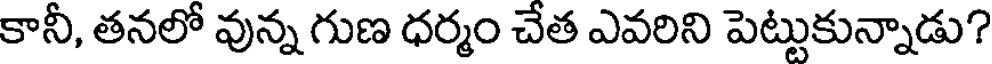
కానీ, తనలో వున్న గుణ ధర్మం చేత ఎవరిని పెట్టుకున్నాడు?